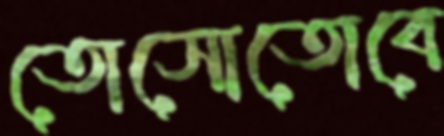
তোসোতোবে